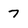
Character: 7